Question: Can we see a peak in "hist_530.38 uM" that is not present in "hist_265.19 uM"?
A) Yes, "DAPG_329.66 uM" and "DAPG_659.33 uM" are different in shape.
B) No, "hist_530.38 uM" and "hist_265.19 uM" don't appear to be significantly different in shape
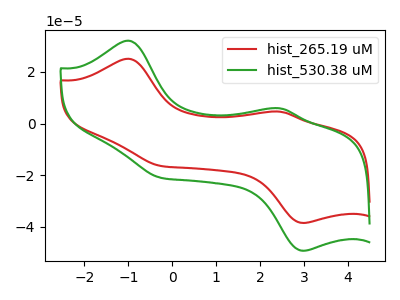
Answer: <think>The red curve "hist_265.19 uM" has anodic peaks at (-1.00V, 25.10uA) (2.45V, 4.60uA) and cathodic peaks at (2.95V, -38.55uA) (-0.25V, -16.45uA). The green curve "hist_530.38 uM" has anodic peaks at (-1.00V, 32.10uA) (2.45V, 5.85uA) and cathodic peaks at (2.95V, -49.30uA) (-0.25V, -21.05uA).
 All the peaks in "hist_530.38 uM" have a peak in "hist_265.19 uM" at the same potential. Every peak in "hist_530.38 uM" is higher than every peak in "hist_265.19 uM".</think>
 <answer>B) No, "hist_530.38 uM" and "hist_265.19 uM" don't appear to be significantly different in shape</answer>
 <eval>B</eval>